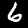
Label: 6